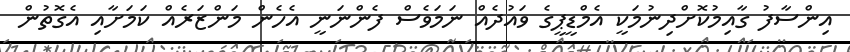
އިންސާފު ގާއިމުކޮށްދިނުމަކީ އެމްޑީޕީގެ ވައުދެއް ނަމަވެސް ފެންނަނީ އެހެން މަންޒަރެއް ކަމަށާއި އެގޮތުން